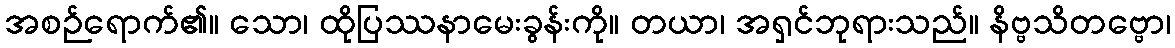
အစဉ်ရောက်၏။ သော၊ ထိုပြဿနာမေးခွန်းကို။ တယာ၊ အရှင်ဘုရားသည်။ နိဗ္ဗသိတဗ္ဗော၊